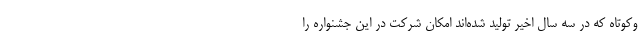
وكوتاه که در سه سال اخیر تولید شده‌اند امکان شرکت در این جشنواره را